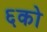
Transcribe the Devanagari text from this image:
६को